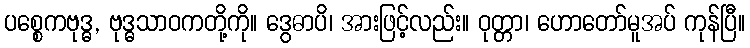
ပစ္စေကဗုဒ္ဓ, ဗုဒ္ဓသာဝကတို့ကို။ ဒွေဓာပိ၊ အားဖြင့်လည်း။ ဝုတ္တာ၊ ဟောတော်မူအပ် ကုန်ပြီ။